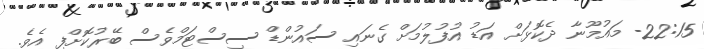
22:15- މައުމޫނާ ދެކޮޅަށް އަޑު އުފުލުމަށް ގެނައި ސައުންޑް ސިސްޓަމްވެސް ބޭރުކޮށްފި އެވެ.